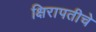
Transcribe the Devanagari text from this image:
क्षिरापतीचे